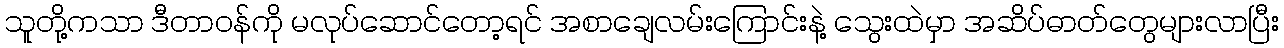
သူတို့ကသာ ဒီတာဝန်ကို မလုပ်ဆောင်တော့ရင် အစာချေလမ်းကြောင်းနဲ့ သွေးထဲမှာ အဆိပ်ဓာတ်တွေများလာပြီး